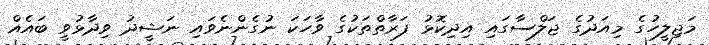
މަޖިލީހުގެ މިއަދުގެ ޖަލްސާގައި އިދިކޮޅު ފަރާތްތަކުގެ ވާހަކަ ނުގެންނެވައި ނަޝީދު ވިދާޅުވީ ބައެއް